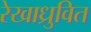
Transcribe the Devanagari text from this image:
रेखाध्रुवित